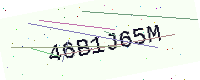
Text: 46B1J65M